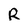
Character: R